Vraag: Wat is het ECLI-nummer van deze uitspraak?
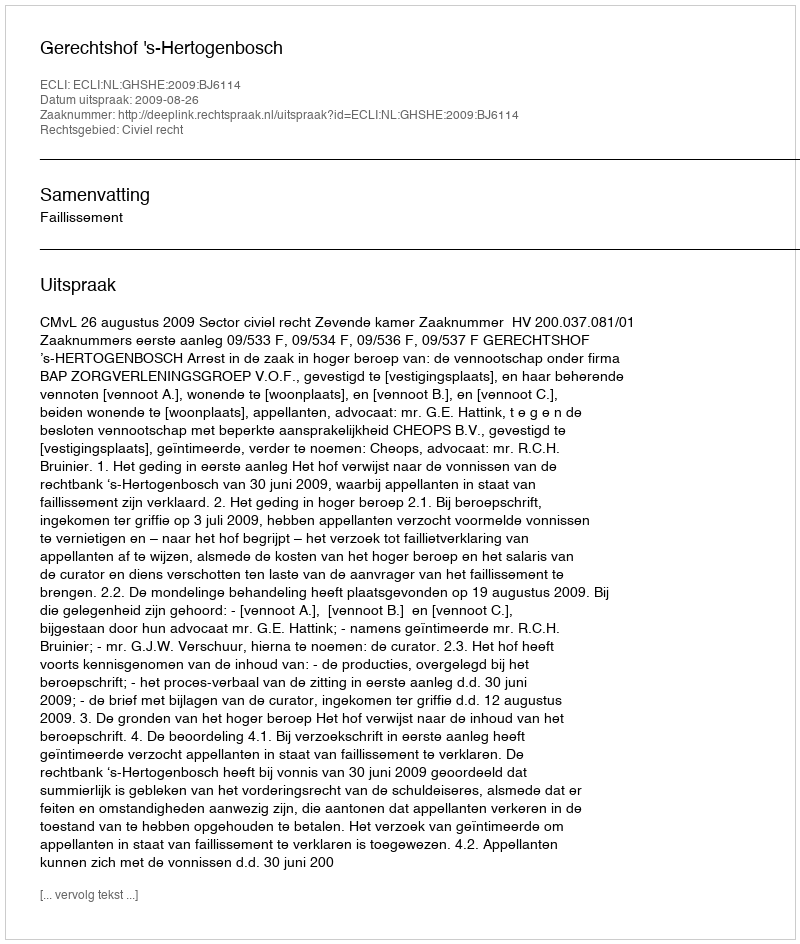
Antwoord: ECLI:NL:GHSHE:2009:BJ6114